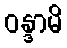
ဝန္ဒာမိ